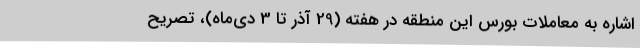
اشاره به معاملات بورس این منطقه در هفته (29 آذر تا 3 دی‌ماه)، تصریح